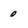
Character: 0